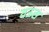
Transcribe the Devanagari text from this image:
यऊस